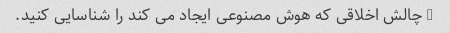
3 چالش اخلاقی که هوش مصنوعی ایجاد می کند را شناسایی کنید.